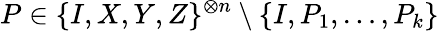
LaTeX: P\in\{ I,X,Y,Z\} ^{\otimes n}\setminus\{ I,P_{1},\ldots,P_{k}\}